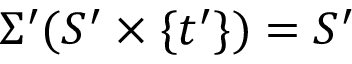
\Sigma ^ { \prime } ( S ^ { \prime } \times \{ t ^ { \prime } \} ) = S ^ { \prime }